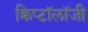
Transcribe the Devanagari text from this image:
क्रिप्टॉलॉजी